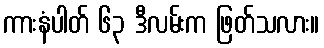
ကားနံပါတ် ၆၃ ဒီလမ်းက ဖြတ်သလား။